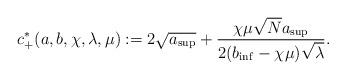
LaTeX: \begin{align*}c_{+}^{*}(a,b,\chi,\lambda,\mu):=2\sqrt{a_{\sup}}+ \frac{\chi\mu\sqrt{N}a_{\sup}}{2(b_{\inf}-\chi\mu)\sqrt{\lambda}}.\end{align*}